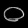
Digit: ၀